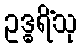
ဥဒ္ဓရိံသု